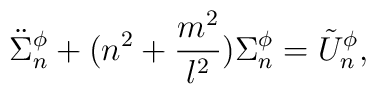
\ddot{\Sigma}^\phi_n+(n^2+\frac{m^2}{l^2})\Sigma^\phi_n=\tilde{U}^\phi_n,